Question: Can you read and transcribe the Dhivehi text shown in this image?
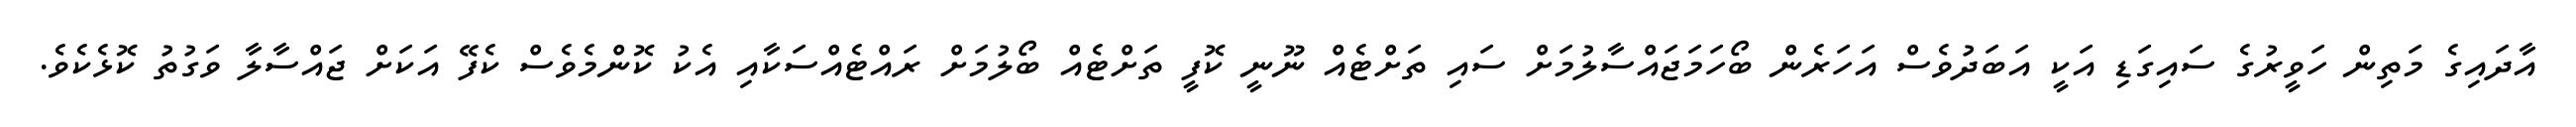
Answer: އާދައިގެ މަތިން ހަވީރުގެ ސައިގަޑި އަކީ އަބަދުވެސް އަހަރެން ބޯހަމަޖައްސާލުމަށް ސައި ތަށްޓެއް ނޫނީ ކޮފީ ތަށްޓެއް ބޯލުމަށް ރައްޓެއްސަކާއި އެކު ކޮންމެވެސް ކެފޭ އަކަށް ޖައްސާލާ ވަގުތު ކޮޅެކެވެ.